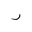
Letter: _ra